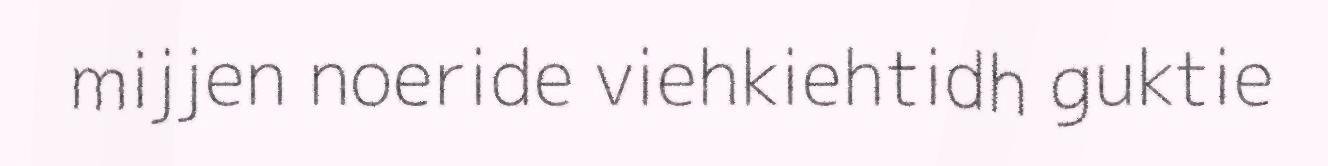
mijjen noeride viehkiehtidh guktie